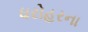
ધરોહરના